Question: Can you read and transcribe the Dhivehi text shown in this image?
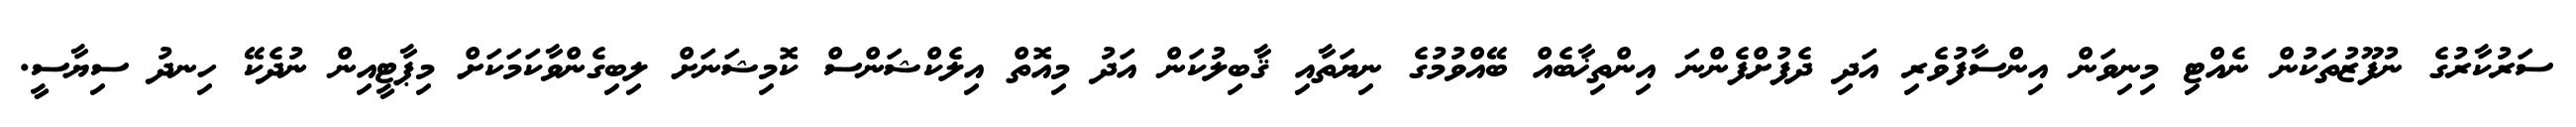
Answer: ސަރުކާރުގެ ނުފޫޒުތަކުން ނެއްޓި މިނިވަން އިންސާފުވެރި އަދި ދެފުށްފެންނަ އިންތިޚާބެއް ބޭއްވުމުގެ ނިޔަތާއި ޤާބިލުކަން އަދު މިއޮތް އިލެކްޝަންސް ކޮމިޝަނަށް ލިބިގެންވާކަމަކަށް މިޕާޓީއިން ނުދެކޭ ހިނދު ސިޔާސީ.